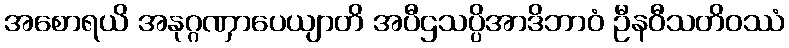
အစောရယိ အနုဂ္ဂဏှာပေယျာတိ အပီဌသပ္ပိအာဒိဘာဝံ ဦနဝီသတိဝဿံ